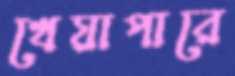
খেয়াপারে